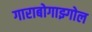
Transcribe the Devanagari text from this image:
गाराबोगाझ्गोल